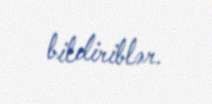
bildiriblər.